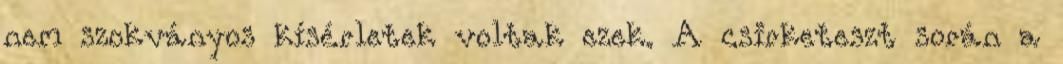
nem szokványos kísérletek voltak ezek. A csirketeszt során a